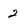
Character: 2